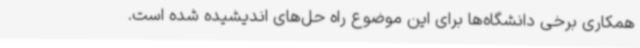
همکاری برخی دانشگاه‌ها برای این موضوع راه حل‌های اندیشیده شده است.